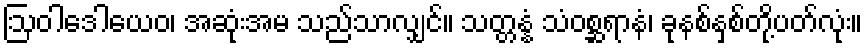
ဩဝါဒေါယေဝ၊ အဆုံးအမ သည်သာလျှင်။ သတ္တန္နံ သံဝစ္ဆရာနံ၊ ခုနစ်နှစ်တို့ပတ်လုံး။